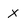
Character: x